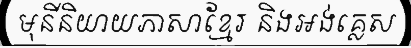
មុនីនិយាយភាសាខ្មែរ និងអង់គ្លេស